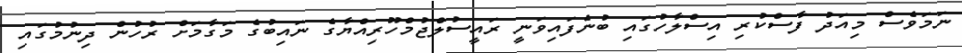
ނަމަވެސް މިއަދު ފާސްކުރި އިސްލާހުގައި ބުނެފައިވަނީ ރައީސުލްޖުމްހޫރިއްޔާގެ ނައިބުގެ މަގާމަށް ރުހުން ދިނުމުގައި